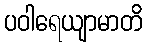
ပဝါရေယျာမာတိ